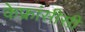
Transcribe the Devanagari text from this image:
केफ्रांसीसी